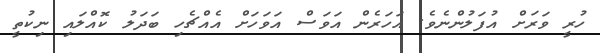
ހުރީ ވަރަށް އުފަލުންނެވެ. އަހަރެން އަވަސް އަވަހަށް އެއްޗެހި ބަދަލު ކޮއްލައި ނިކުތީ